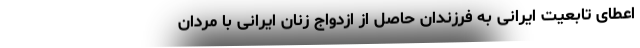
اعطای تابعیت ایرانی به فرزندان حاصل از ازدواج زنان ایرانی با مردان